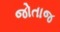
જોતાજ